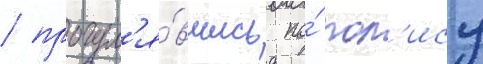
/ прогул'я́вшись по́ пол'ису